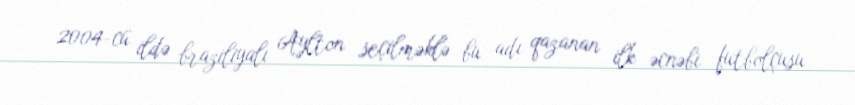
2004-cü ildə braziliyalı Aylton seçilməklə bu adı qazanan ilk əcnəbi futbolçusu